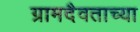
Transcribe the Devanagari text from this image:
ग्रामदैवताच्या